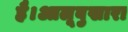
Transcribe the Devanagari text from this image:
है।आलूबुखारा